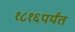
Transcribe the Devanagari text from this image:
१८१६पर्यंत